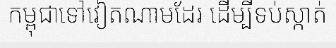
កម្ពុជាទៅវៀតណាមដែរ ដើម្បីទប់ស្កាត់